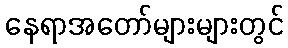
နေရာအတော်များများတွင်